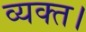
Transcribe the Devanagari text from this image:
व्यक्त।